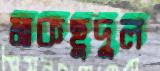
মাকছুদুল